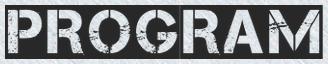
PROGRAM